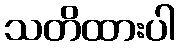
သတိထားပါ